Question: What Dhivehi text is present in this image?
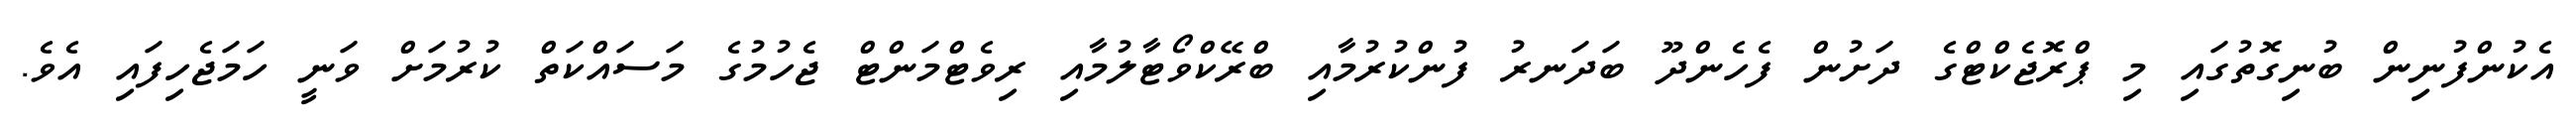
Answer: އެކުންފުނިން ބުނިގޮތުގައި މި ޕްރޮޖެކްޓްގެ ދަށުން ފެހެންދޫ ބަދަނރު ފުންކުރުމާއި ބްރޭކްވޯޓާލުމާއި ރިވެޓްމަންޓް ޖެހުމުގެ މަސައްކަތް ކުރުމަށް ވަނީ ހަމަޖެހިފައި އެވެ.